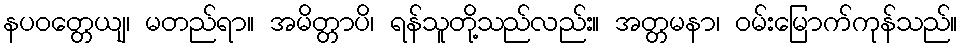
နပဝတ္တေယျ၊ မတည်ရာ။ အမိတ္တာပိ၊ ရန်သူတို့သည်လည်း။ အတ္တမနာ၊ ဝမ်းမြောက်ကုန်သည်။